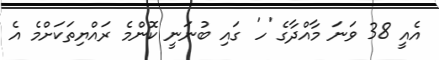
އެއީ 38 ވަނަ މާއްދާގެ 'ހ' ގައި ބުނަނީ ކޮންމެ ރައްޔިތަކަށްމެ އެ